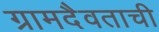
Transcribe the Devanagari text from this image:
ग्रामदैवताची